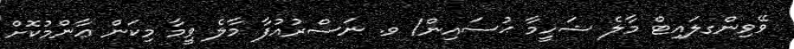
ވޭވިންގލައިޓް މާލެ ޝަހީމާ ޙުސައިން/ ވ. ނަސްރުއުފާ މާލެ ވީމާ މިކަން ޢާންމުކޮށް